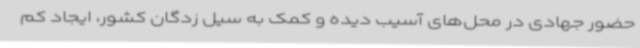
حضور جهادی در محل‌های آسیب دیده و کمک به سیل زدگان کشور، ایجاد کم